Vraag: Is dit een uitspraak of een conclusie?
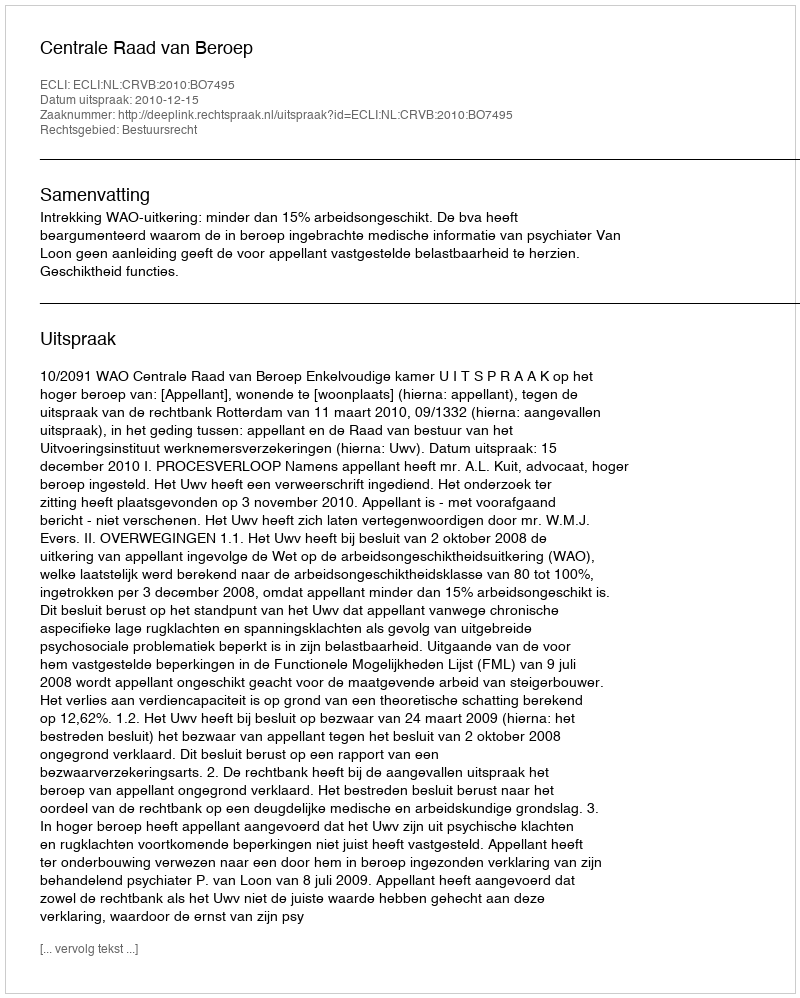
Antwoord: Uitspraak